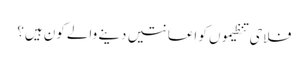
فلاحی تنظیموں کو اعانتیں دینے والے کون ہیں؟